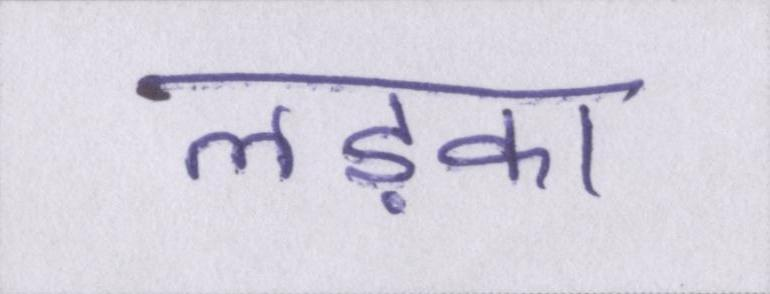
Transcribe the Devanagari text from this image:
लड़का